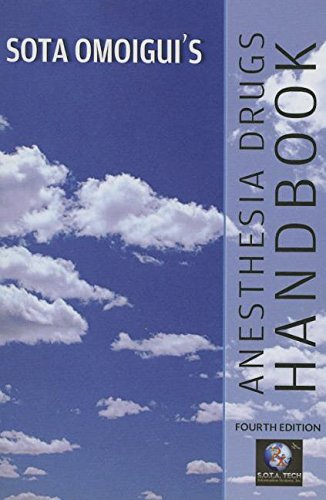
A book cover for Sota Omoigui's Anesthesia Drugs Handbook; Sota Omoigui; Medical Books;